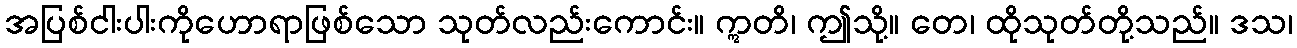
အပြစ်ငါးပါးကိုဟောရာဖြစ်သော သုတ်လည်းကောင်း။ ဣတိ၊ ဤသို့။ တေ၊ ထိုသုတ်တို့သည်။ ဒသ၊